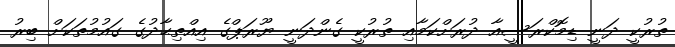
ތުރުކީ ދަނީ ޑިމޮކްރަސީއާ ދުރަށްކަމާއި ތުރުކީ ގެންދަނީ ޔޫރަޕްގެ އިއްތިޙާދުގެ ގައުމުތަކަށް ބިރު